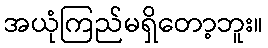
အယုံကြည်မရှိတော့ဘူး။